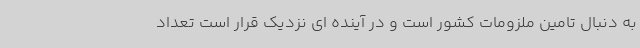
به دنبال تامین ملزومات کشور است و در آینده ای نزدیک قرار است تعداد